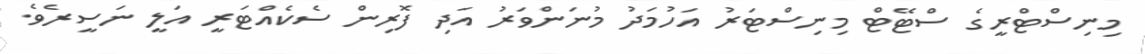
މިނިސްޓްރީގެ ސްޓޭޓް މިނިސްޓަރު އަހުމަދު މުނަންވަރު އަދި ފޮރިން ސެކެއްޓަރީ އަލީ ނަސީރެވެ.